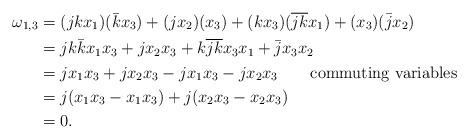
LaTeX: \begin{align*}\omega_{1,3}&=(jkx_1)(\bar{k}x_3)+(jx_2)(x_3)+(kx_3)(\overline{jk}x_1)+(x_3)(\bar{j}x_2) \\ &=jk\bar{k}x_1x_3+jx_2x_3+k\overline{jk}x_3x_1+\bar{j}x_3x_2 \\&= j x_1x_3+jx_2x_3-jx_1x_3-jx_2x_3 \ \ \ \ \ \ {\rm commuting \ variables}\\&= j(x_1x_3-x_1x_3)+j(x_2x_3-x_2x_3) \\&=0.\end{align*}